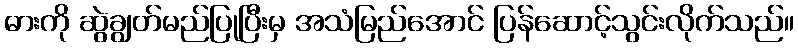
ဓားကို ဆွဲချွတ်မည်ပြုပြီးမှ အသံမြည်အောင် ပြန်ဆောင့်သွင်းလိုက်သည်။